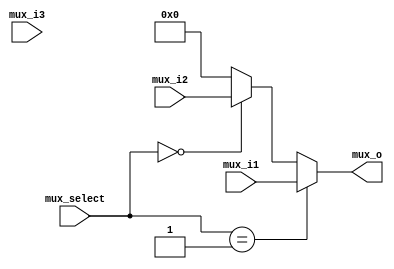
`timescale 1ns / 1ps


module mux_3to1(
    input   [31:0]      mux_i1,
    input   [31:0]      mux_i2,
    input   [31:0]      mux_i3,
    input   [1:0]       mux_select,
    output [31:0]       mux_o
    );
    
    assign mux_o =      (mux_select==01)? mux_i1:
                        (mux_select==00)? mux_i2:
                        (mux_select==11)? mux_i3:32'b0;
endmodule